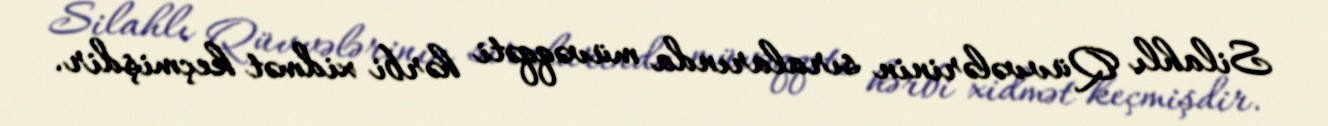
Silahlı Qüvvələrinin sıralarında müvəqqəti hərbi xidmət keçmişdir.